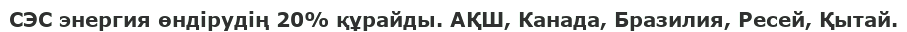
СЭС энергия өндірудің 20% құрайды. АҚШ, Канада, Бразилия, Ресей, Қытай.